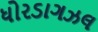
ધોરડાગઝલ